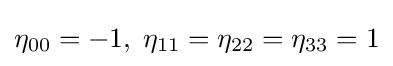
\eta _{00}=-1,\;\eta _{11}=\eta _{22}=\eta _{33}=1